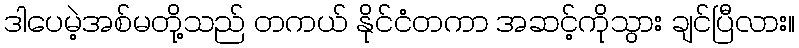
ဒါပေမဲ့အစ်မတို့သည် တကယ် နိုင်ငံတကာ အဆင့်ကိုသွား ချင်ပြီလား။